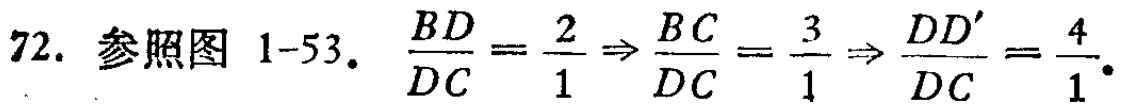
72. 参照图 1-53. $\frac{BD}{DC}=\frac{2}{1}\Rightarrow\frac{BC}{DC}=\frac{3}{1}\Rightarrow\frac{DD'}{DC}=\frac{4}{1}.$